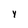
Character: y